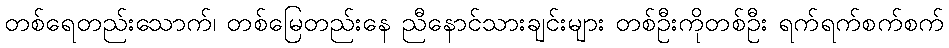
တစ်ရေတည်းသောက်၊ တစ်မြေတည်းနေ ညီနောင်သားချင်းများ တစ်ဦးကိုတစ်ဦး ရက်ရက်စက်စက်